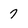
Character: 7